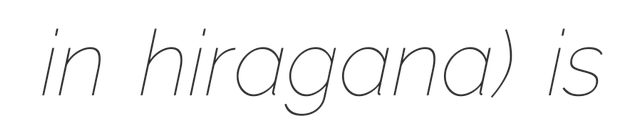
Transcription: かわはら in hiragana) is